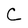
Character: C